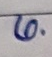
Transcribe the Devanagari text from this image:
लो